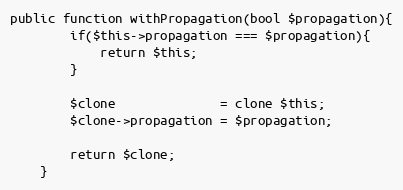
Language: PHP
public function withPropagation(bool $propagation){
        if($this->propagation === $propagation){
            return $this;
        }

        $clone              = clone $this;
        $clone->propagation = $propagation;

        return $clone;
    }